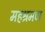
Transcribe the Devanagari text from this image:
महश्रमण